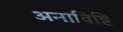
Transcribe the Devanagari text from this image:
अनाविष्टि